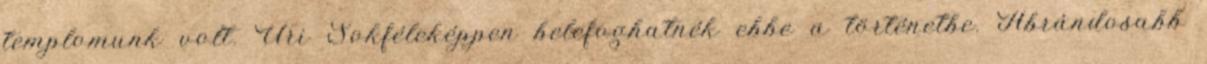
templomunk volt. Úri Sokféleképpen belefoghatnék ebbe a történetbe. Ábrándosabb